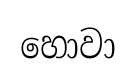
හොවා